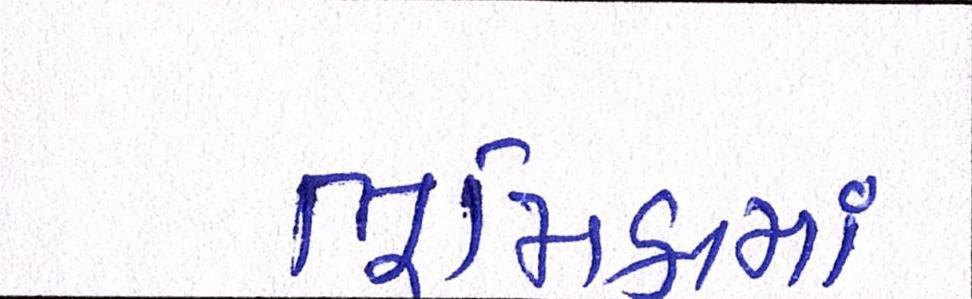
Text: ભૂમિકામાં